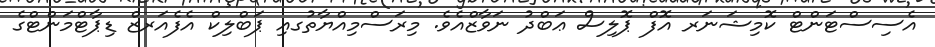
އެސިސްޓަންޓް ކޮމިޝަނަރ އޮފް ޕޮލިސް ޢަބްދު ނަވާޒްއެވެ. މިރަސްމިއްޔާތުގއި ޕަބްލިކް އެފެއަރޒް ޑިޕާޓްމަންޓްގެ